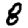
Digit: 8